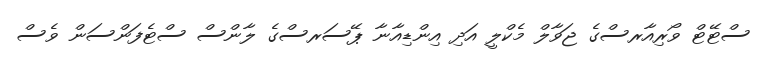
ސްޓޭޓް ވޯރިއާރސްގެ ޖަވާލް މެކްލީ އަދި އިންޑިއާނާ ޕޭސަރސްގެ ލާންސް ސްޓެފަންސަން ވެސް